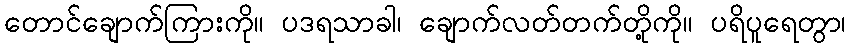
တောင်ချောက်ကြားကို။ ပဒရသာခါ၊ ချောက်လတ်တက်တို့ကို။ ပရိပူရေတွာ၊